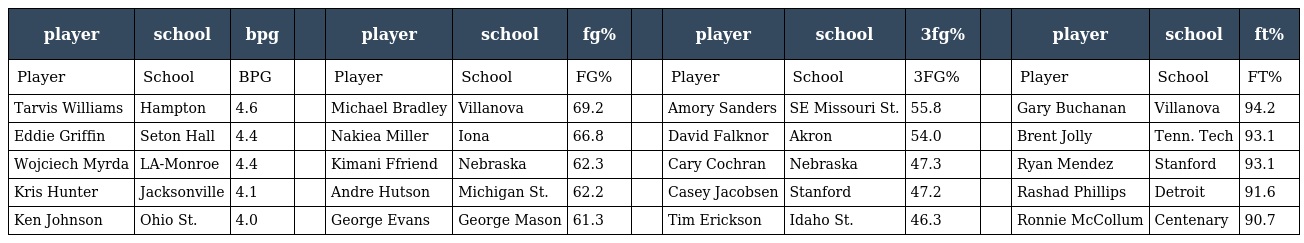
| player | school | bpg |  | player | school | fg% |  | player | school | 3fg% |  | player | school | ft% |
 | --- | --- | --- | --- | --- | --- | --- | --- | --- | --- | --- | --- | --- | --- | --- |
 | Player | School | BPG |  | Player | School | FG% |  | Player | School | 3FG% |  | Player | School | FT% |
 | Tarvis Williams | Hampton | 4.6 |  | Michael Bradley | Villanova | 69.2 |  | Amory Sanders | SE Missouri St. | 55.8 |  | Gary Buchanan | Villanova | 94.2 |
 | Eddie Griffin | Seton Hall | 4.4 |  | Nakiea Miller | Iona | 66.8 |  | David Falknor | Akron | 54.0 |  | Brent Jolly | Tenn. Tech | 93.1 |
 | Wojciech Myrda | LA-Monroe | 4.4 |  | Kimani Ffriend | Nebraska | 62.3 |  | Cary Cochran | Nebraska | 47.3 |  | Ryan Mendez | Stanford | 93.1 |
 | Kris Hunter | Jacksonville | 4.1 |  | Andre Hutson | Michigan St. | 62.2 |  | Casey Jacobsen | Stanford | 47.2 |  | Rashad Phillips | Detroit | 91.6 |
 | Ken Johnson | Ohio St. | 4.0 |  | George Evans | George Mason | 61.3 |  | Tim Erickson | Idaho St. | 46.3 |  | Ronnie McCollum | Centenary | 90.7 |